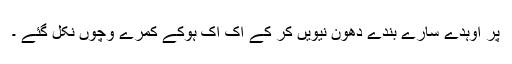
پر اوہدے سارے بندے دھون نیویں کر کے اک اک ہوکے کمرے وچوں نکل گئے ۔